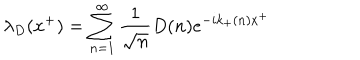
\lambda _ { D } ( x ^ { + } ) = \sum _ { n = 1 } ^ { \infty } { \frac { 1 } { \sqrt { n } } } D ( n ) e ^ { - i k _ { + } ( n ) x ^ { + } }